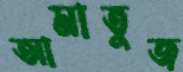
আমাতুজ